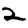
Digit: 2